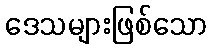
ဒေသများဖြစ်သော